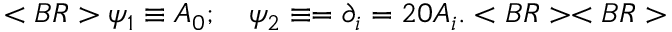
< B R > \psi _ { 1 } \equiv A _ { 0 } ; ~ ~ ~ \psi _ { 2 } \equiv = \partial _ { i } = 2 0 A _ { i } . < B R > < B R >